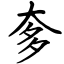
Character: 奓